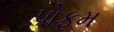
પોફમ